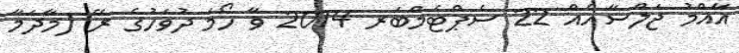
އާއްމު ޖަލްސާއެއް 22 ސެޕްޓެމްބަރ 2014 ވާ ހޯމަ ދުވަހުގެ ރޭ (މާދަމާ